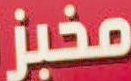
مخبز